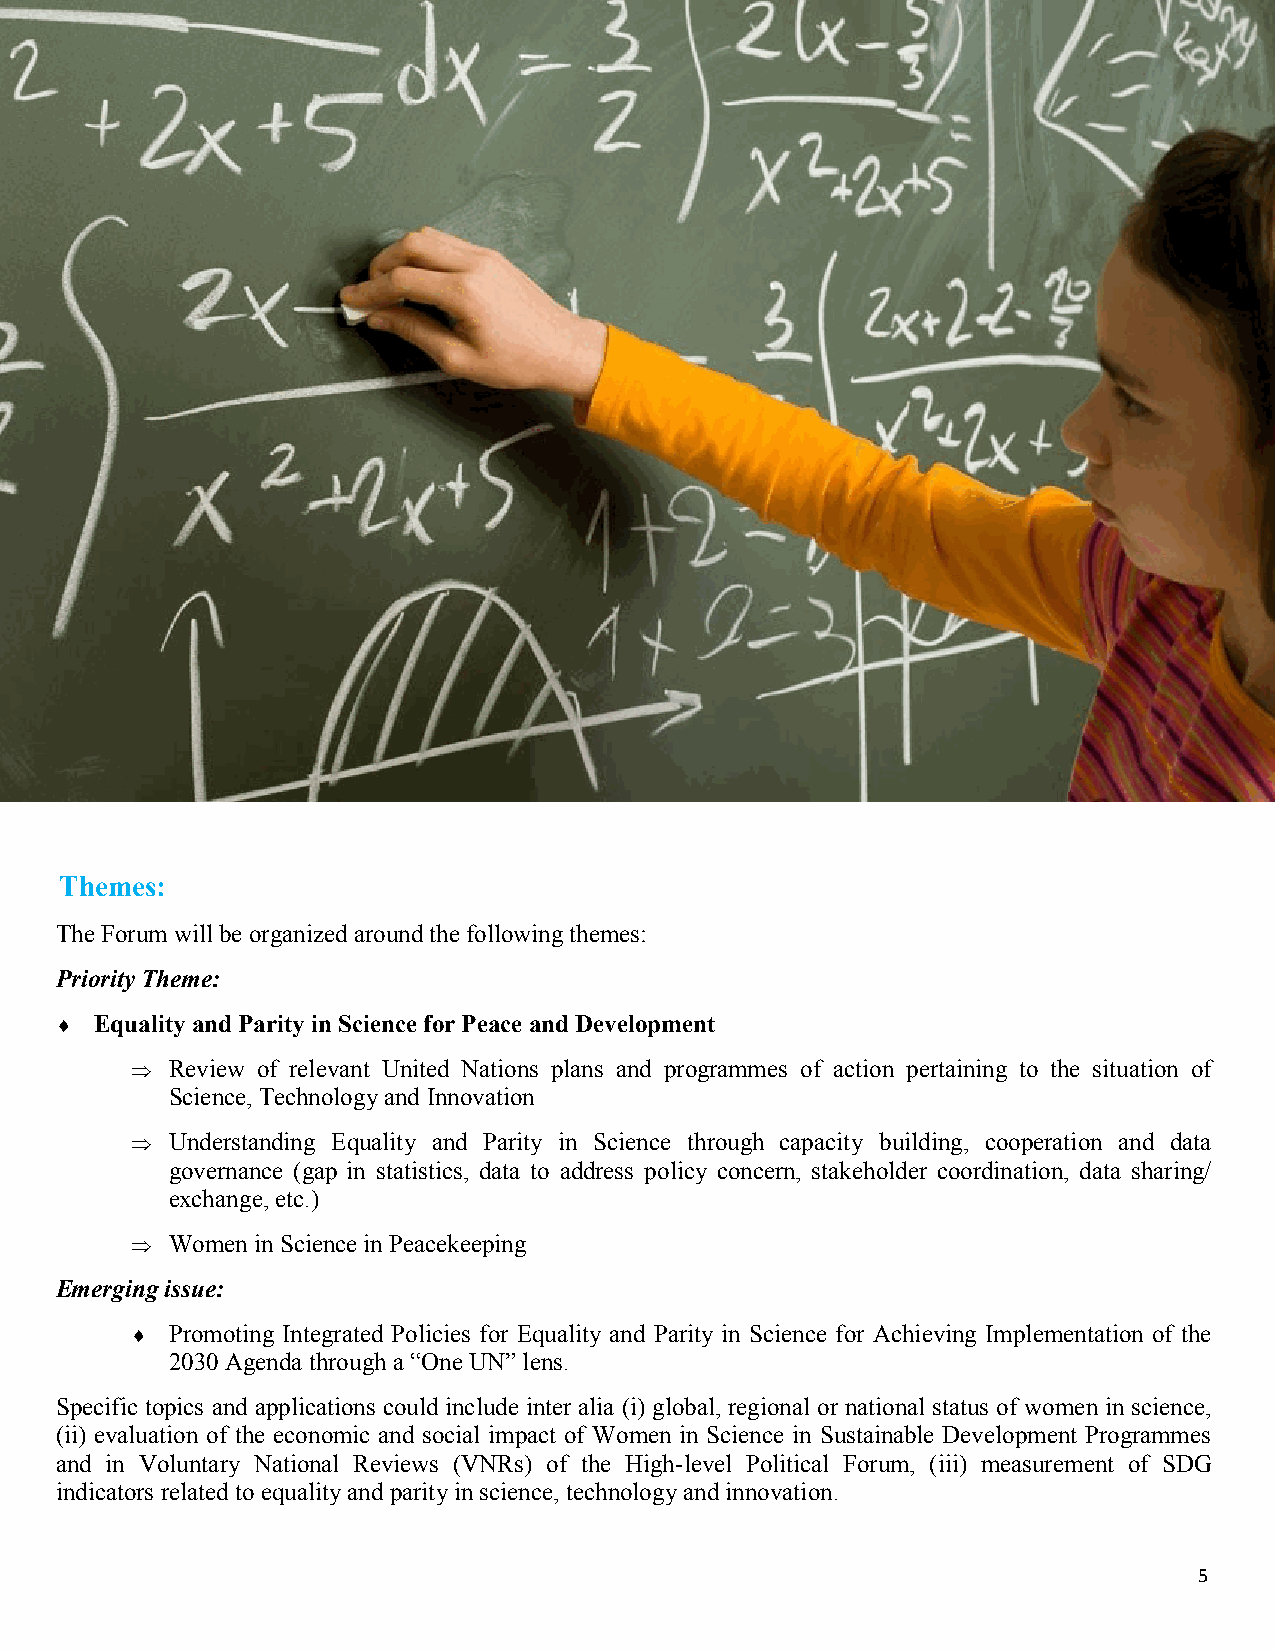
Themes:
 The Forum will be organized around the following themes:
 Priority Theme:
  Equality and Parity in Science for Peace and Development
  Review of relevant United Nations plans and programmes of action pertaining to the situation of
 Science, Technology and Innovation
  Understanding Equality and Parity in Science through capacity building, cooperation and data
 governance (gap in statistics, data to address policy concern, stakeholder coordination, data sharing/
 exchange, etc.)
  Women in Science in Peacekeeping
 Emerging issue:
  Promoting Integrated Policies for Equality and Parity in Science for Achieving Implementation of the
 2030 Agenda through a “One UN” lens.
 Specific topics and applications could include inter alia (i) global, regional or national status of women in science,
 (ii) evaluation of the economic and social impact of Women in Science in Sustainable Development Programmes
 and in Voluntary National Reviews (VNRs) of the High-level Political Forum, (iii) measurement of SDG
 indicators related to equality and parity in science, technology and innovation.
 5